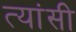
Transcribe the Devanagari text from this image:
त्यांसी